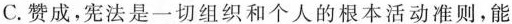
C. 赞成，宪法是一切组织和个人的根本活动准则，能